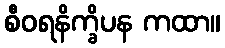
စီဝရနိက္ခိပန ကထာ။